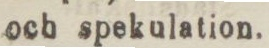
och spekulation.